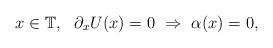
LaTeX: \begin{align*} x\in \mathbb T, \ \ \partial_x U(x)=0 \ \Rightarrow \ \alpha(x) =0,\end{align*}